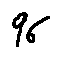
9 6